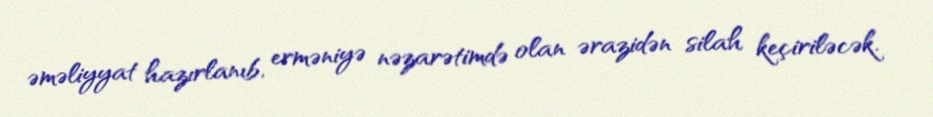
əməliyyat hazırlanıb, erməniyə nəzarətimdə olan ərazidən silah keçiriləcək.